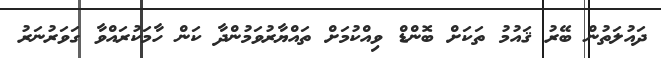
ދައުލަތުން ބޭރު ޤައުމު ތަކަށް ބޮންޑް ވިއްކުމަށް ތައްޔާރުވަމުންދާ ކަން ހާމަކުރައްވާ ގަވަރުނަރު